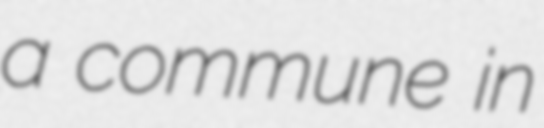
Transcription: a commune in